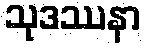
သုဒဿနာ